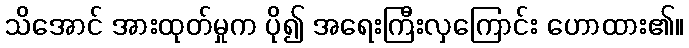
သိအောင် အားထုတ်မှုက ပို၍ အရေးကြီးလှကြောင်း ဟောထား၏။